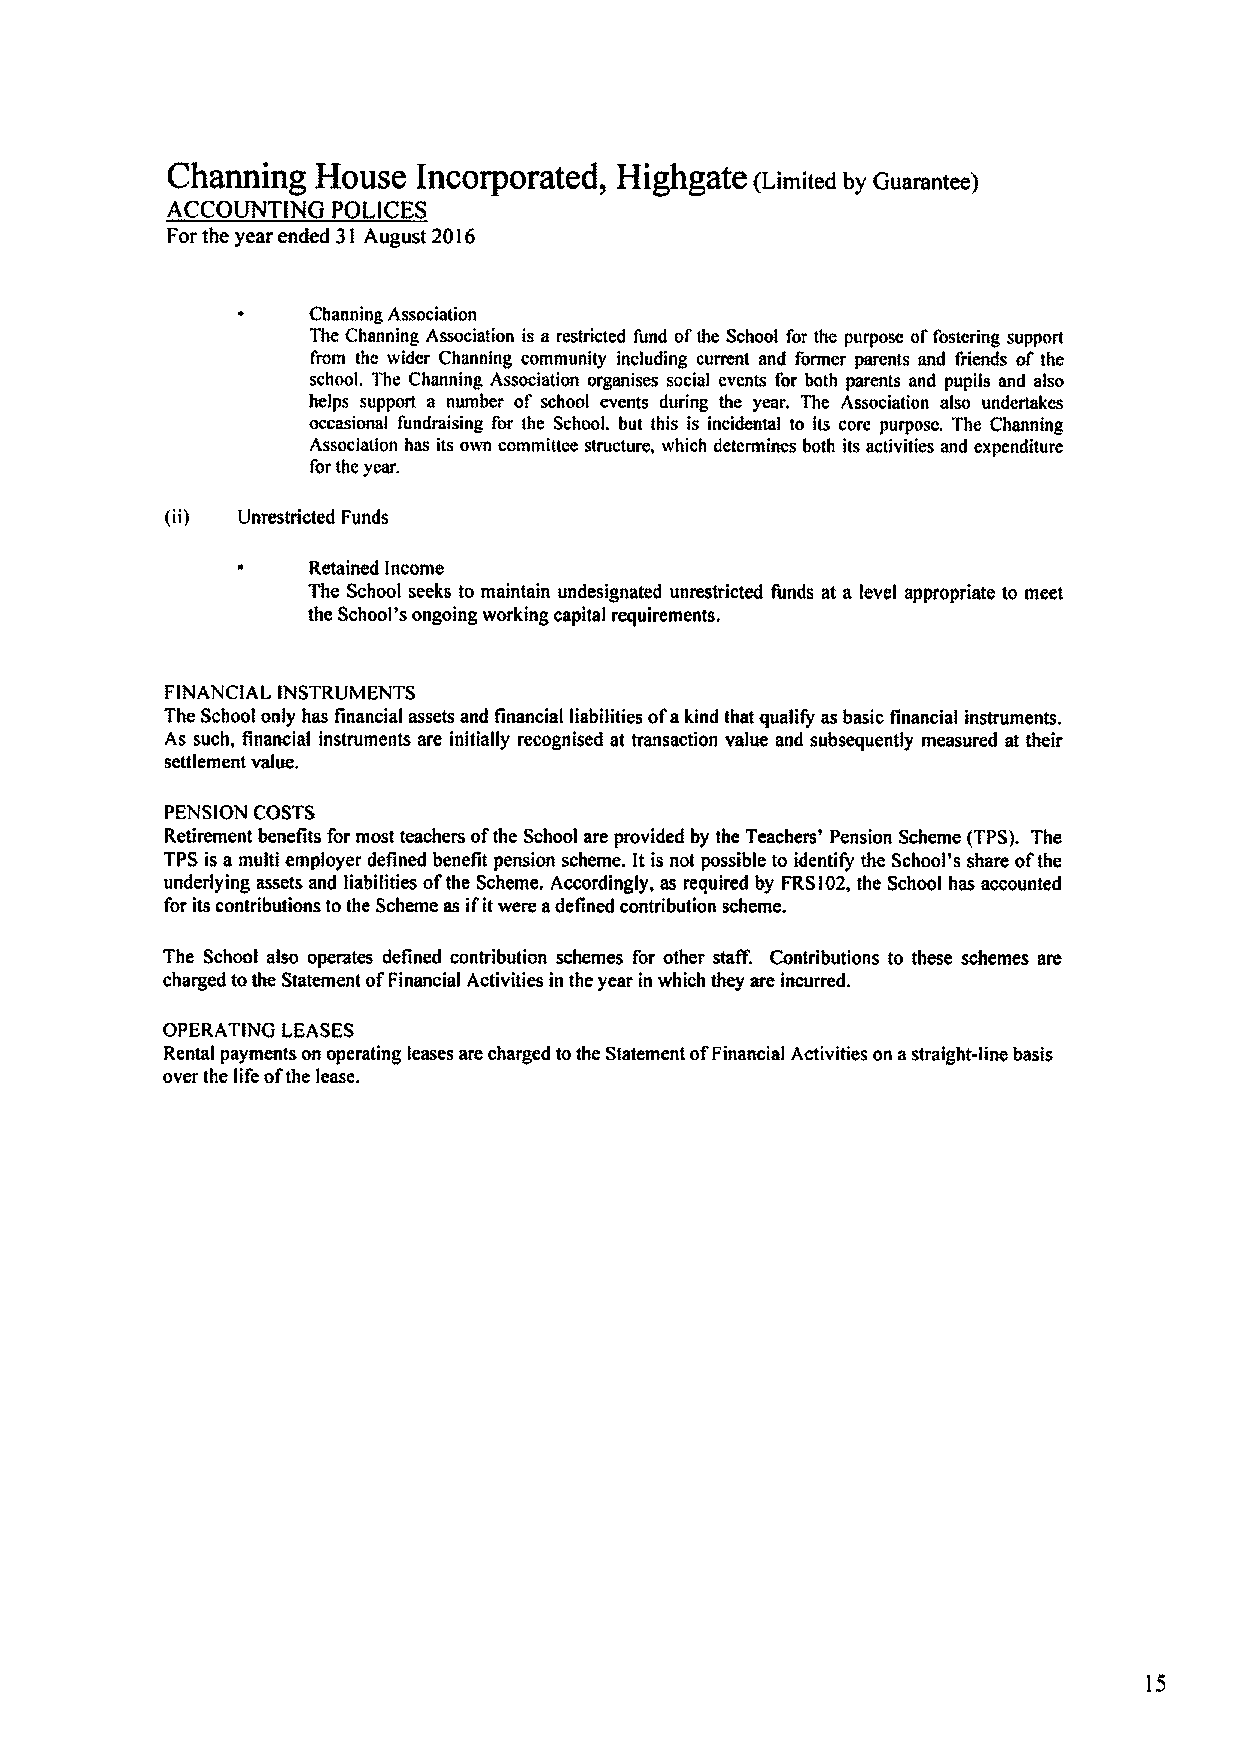
Chaooiog  Hollsc Iocoiporatcd,
 Highgatc (Limited by oeemetee)
 ACCOUNT/NG POLICES
 Forthe year ended 31 August 20 I6
 ~   Charming Association
 The Charming Association is a restricted fuod ofthe School for the purpose offostering support
 from the wider Chanoiog comiouriity including current and former parents and I'iiends of the
 school. The Charming, AsSOciatiun OrganiSCS SOCial eventS fer bath parents and pupIIs and also
 helps support a number of school events during the year. The Association also uodertakes
 occasional fundraising for the SchooL but this is incidental to Its core purpose. The Chanmng
 ASSOCiation haS its ovvn committee structure, which dcterininCS bOfh itSaetivitieS and CXpenditure
 fOrthe year.
 (ii) Unrestricted Funds
 Retained Income
 The School seeks to maintain undesignated unrestricted funds at a level appropriate to meet
 the School's ongoing working capital requirements,
 FINANCIAL INSTRUMENTS
 The School only has financial assets and Anancial liabilities ofakind that qualify as basic finanrial instruments.
 As such, financial instruments are initially recognised at transaction value and subsequently measured at their
 settlement value,
 PENSION COSTS
 Retirement benefits for most teachers ofthe School are provided by the Teachers' Pension Scheme (TPS), The
 TPS isamulti employer defined benefit pension scheme. Itis not possible toidentify the School's share ofthe
 underlying assets and liabilities ofthe Scheme. Accordingly, as required by FRSI02,the School has accounted
 for its contributions tothe Scheme as ifitwere adefined contribution scheme.
 The School also operates defined contribution schemes for other staff. Contributions to these schemes are
 charged tothe Statement ofFinancial Activities in the year in which they are incurred.
 OPERATING LEASES
 Rental payments on operating leases arecharged tothe Statement ofFinancial Activities on astraight-fine basis
 over the lifeofthe lease.